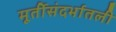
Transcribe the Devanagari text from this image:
मूर्तीसंदर्भातली